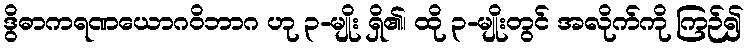
ဒွိဓာကရဏယောဂဝိဘာဂ ဟု ၃-မျိုး ရှိ၏၊ ထို ၃-မျိုးတွင် အလိုက်ကို ကြဉ်၍